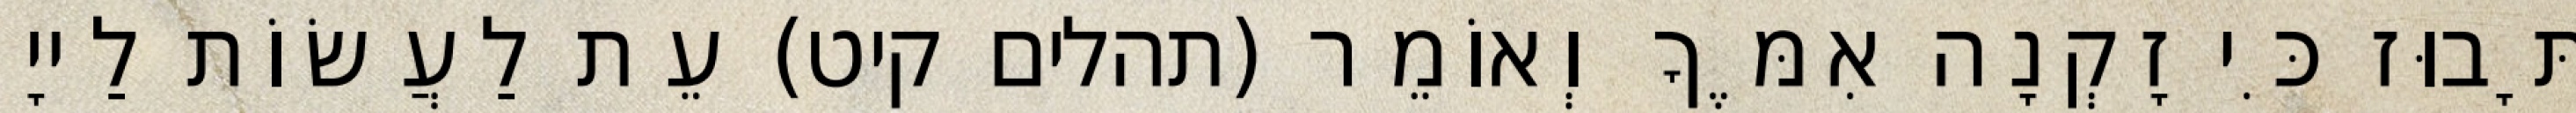
תָּבוּז כִּי זָקְנָה אִמֶּךָ וְאוֹמֵר (תהלים קיט) עֵת לַעֲשׂוֹת לַייָ